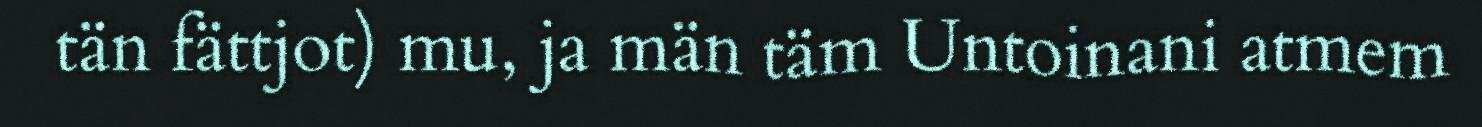
tän fättjot) mu, ja män täm Untoinani atmem